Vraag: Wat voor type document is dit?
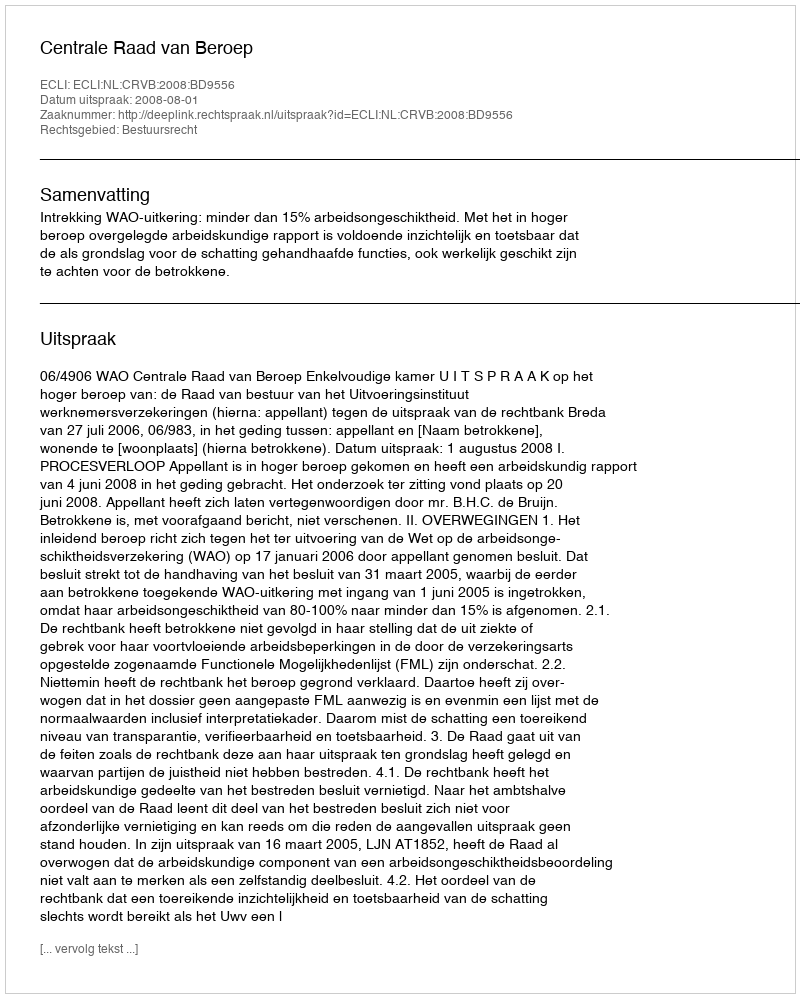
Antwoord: Uitspraak